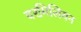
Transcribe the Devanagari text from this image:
वरमिलियन